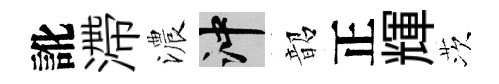
訛滯濃冲韶正輝茨